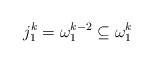
\begin{align*}j_1^k=\omega_1^{k-2} \subseteq \omega_1^{k}\end{align*}